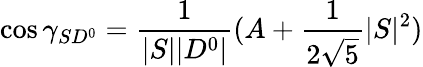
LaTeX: \cos\gamma_{SD^{0}}={\frac{1}{|S||D^{0}|}}(A+{\frac{1}{2\sqrt 5}}|S|^{2})